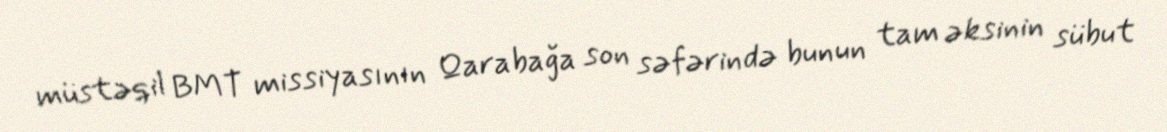
müstəqil BMT missiyasının Qarabağa son səfərində bunun tam əksinin sübut